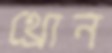
থ্রোন